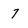
Character: 7